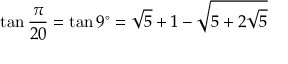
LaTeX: \tan { \frac { \pi } { 2 0 } } = \tan 9 ^ { \circ } = { \sqrt { 5 } } + 1 - { \sqrt { 5 + 2 { \sqrt { 5 } } } }